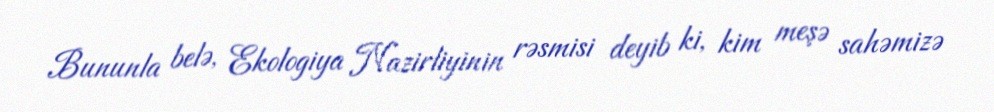
Bununla belə, Ekologiya Nazirliyinin rəsmisi deyib ki, kim meşə sahəmizə